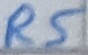
Text: R5